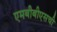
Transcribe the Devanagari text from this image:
एमबीबीएसची